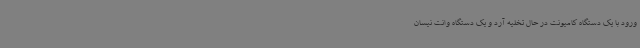
ورود با یک دستگاه کامیونت در حال تخلیه آرد و یک دستگاه وانت نیسان